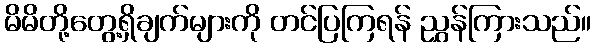
မိမိတို့တွေ့ရှိချက်များကို တင်ပြကြရန် ညွှန်ကြားသည်။